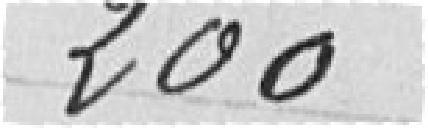
200